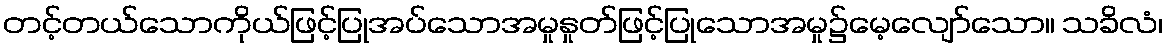
တင့်တယ်သောကိုယ်ဖြင့်ပြုအပ်သောအမှုနှုတ်ဖြင့်ပြုသောအမှု၌မေ့လျော်သော။ သခိလံ၊